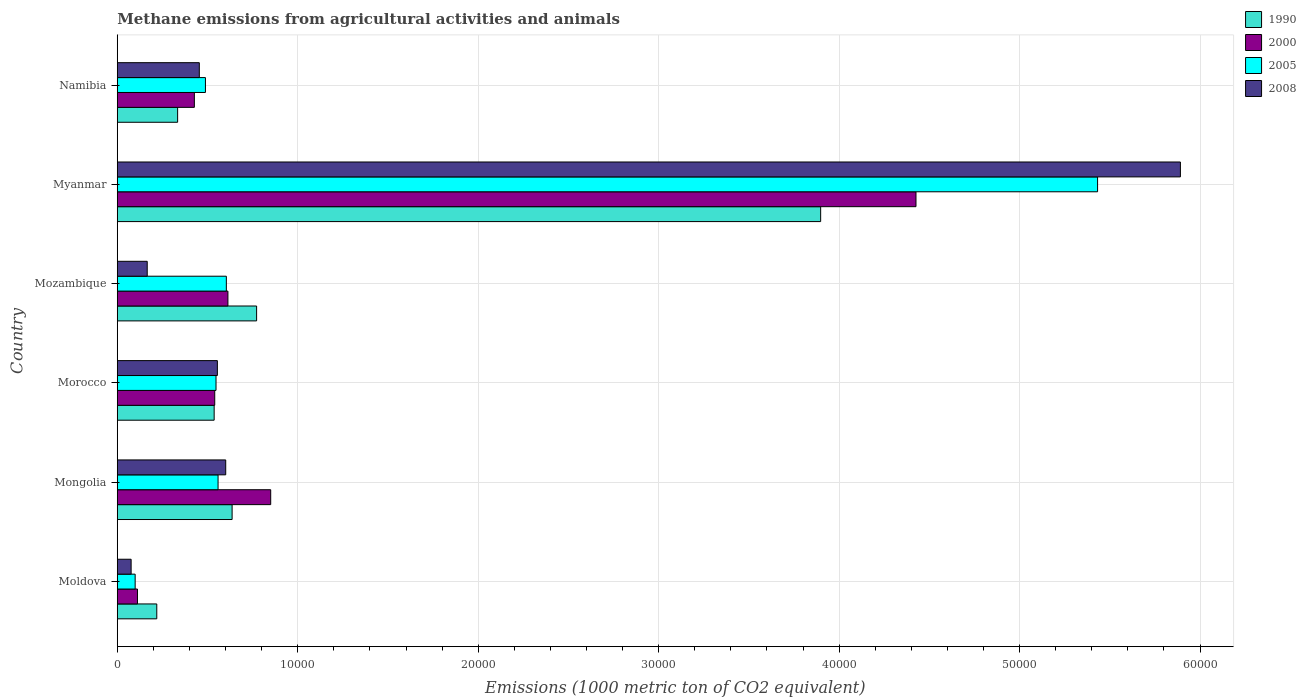
| Country | 1990 | 2000 | 2005 | 2008 |
 | --- | --- | --- | --- | --- |
 | Moldova | 2.19e+03 | 1.12e+03 | 990 | 767 |
 | Mongolia | 6.36e+03 | 8.5e+03 | 5.58e+03 | 6.01e+03 |
 | Morocco | 5.37e+03 | 5.4e+03 | 5.47e+03 | 5.55e+03 |
 | Mozambique | 7.72e+03 | 6.13e+03 | 6.04e+03 | 1.66e+03 |
 | Myanmar | 3.9e+04 | 4.43e+04 | 5.43e+04 | 5.89e+04 |
 | Namibia | 3.34e+03 | 4.27e+03 | 4.89e+03 | 4.55e+03 |